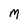
Character: M